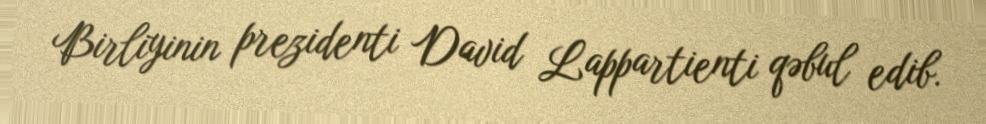
Birliyinin prezidenti David Lappartienti qəbul edib.